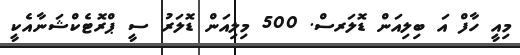
މިއީ ހާފް އަ ބިލިއަން ޑޮލަރސް. 500 މިލިއަން ޑޮލަރު ސީ ޕްރޮޓެކްޝަނާއެކީ